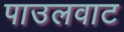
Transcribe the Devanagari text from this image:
पाउलवाट